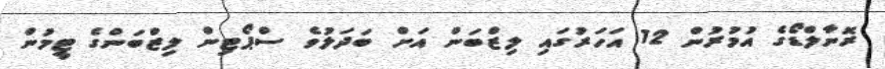
ރޮނާލްޑޯގެ އުމުރުން 12 އަހަރުގައި ލިޒްބަން އަށް ބަދަލުވެ ސްޕޯޓިން ލިޒްބަންގެ ޓީމުން